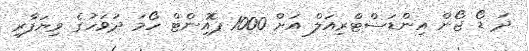
ދަ ޑޯ ޖޯން އިންޑަސްޓްރިއަލް އަށް 1000 ޕޮއިންޓް ހޯމަ ދުވަހުގެ ވިޔަފާރި